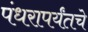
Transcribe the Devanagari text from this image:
पंधरापर्यंतचे